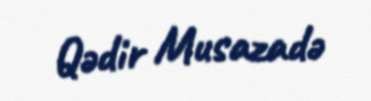
Qədir Musazadə